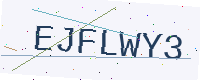
Text: EJFLWY3